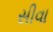
સીવા